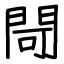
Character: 閜